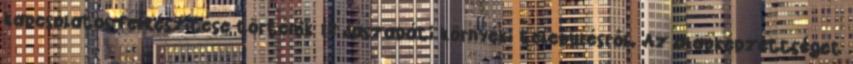
kapcsolatos felkészítése történik 12 Jászapáti környéki településről. Az alapképzettséget